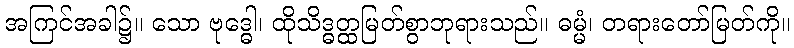
အကြင်အခါ၌။ သော ဗုဒ္ဓေါ၊ ထိုသိဒ္ဓတ္ထမြတ်စွာဘုရားသည်။ ဓမ္မံ၊ တရားတော်မြတ်ကို။